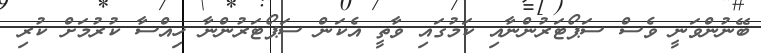
ބޭނުންވަނީ ވެސް ސަޕޯޓަރުންނާއި ކަމުގައި ވާތީ އެކަން ސަޕޯޓަރުންނާ ހިއްސާ ކުރުމަށް ކުރި